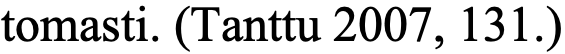
tomasti. (Tanttu 2007, 131.)